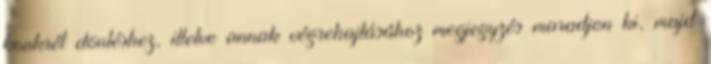
konkrét döntéshez, illetve annak végrehajtásához megjegyzés maradjon ki, majd